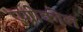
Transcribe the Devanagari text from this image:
एग्रीकोल